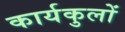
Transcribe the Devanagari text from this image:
कार्यकुलों